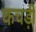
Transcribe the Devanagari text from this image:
कचड़ी